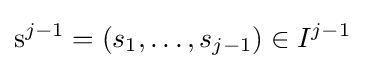
\mathrm {s} ^{j-1}=(s_{1},\dots ,s_{j-1})\in I^{j-1}